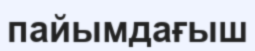
пайымдағыш